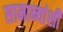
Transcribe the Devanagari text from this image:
सामान्यांशी